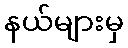
နယ်များမှ